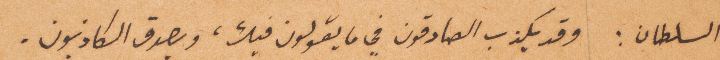
السلطان: وقد يكذب الصادقون في ما يقولون فيك، ويصدق الكاذبون.